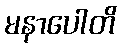
မနာပေါတိ